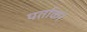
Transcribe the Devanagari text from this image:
पर्ताकर